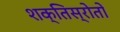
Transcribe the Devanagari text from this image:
शक्तिस्रोतों